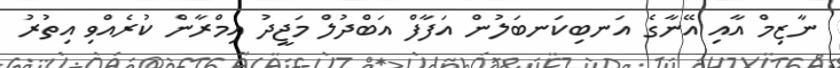
ނާޒިމް އާއި އޭނާގެ އަނބިކަނބަލުން އަފާފް އަބްދުލް މަޖީދު އިމްރާން ކުރެއްވި އިތުރު